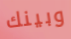
وبينك